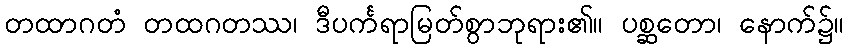
တထာဂတံ တထဂတဿ၊ ဒီပင်္ကရာမြတ်စွာဘုရား၏။ ပစ္ဆတော၊ နောက်၌။